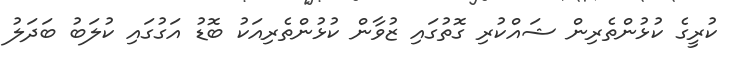
ކުރީގެ ކުޅުންތެރިން ޝައްކުރި ގޮތުގައި ޒުވާން ކުޅުންތެރިއަކު ބޮޑު އަގުގައި ކުލަބު ބަދަލު